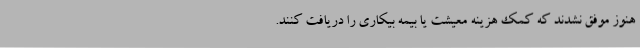
هنوز موفق نشدند که کمک هزینه معیشت یا بیمه بیکاری را دریافت کنند.